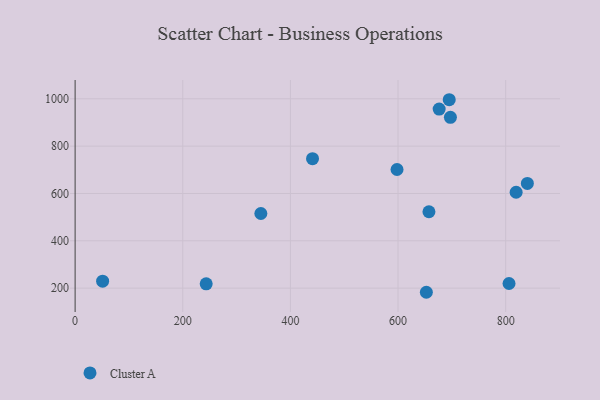
{"axis": {"x": "Study Hours", "y": "Fuel Efficiency"}, "legend": ["Cluster A"], "data": [{"x": "598.1", "y": 701.3, "type": "Cluster A"}, {"x": "243.5", "y": 218.2, "type": "Cluster A"}, {"x": "697.3", "y": 921.8, "type": "Cluster A"}, {"x": "676.4", "y": 956.5, "type": "Cluster A"}, {"x": "51.1", "y": 229.4, "type": "Cluster A"}, {"x": "652.6", "y": 182.5, "type": "Cluster A"}, {"x": "657.4", "y": 522.7, "type": "Cluster A"}, {"x": "345.1", "y": 515.4, "type": "Cluster A"}, {"x": "695.1", "y": 996.1, "type": "Cluster A"}, {"x": "441.1", "y": 746.9, "type": "Cluster A"}, {"x": "819.4", "y": 605.2, "type": "Cluster A"}, {"x": "840.3", "y": 642.3, "type": "Cluster A"}, {"x": "806.2", "y": 219.6, "type": "Cluster A"}]}